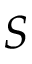
S